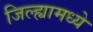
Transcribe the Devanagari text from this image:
जिल्‍ह्यामध्‍ये